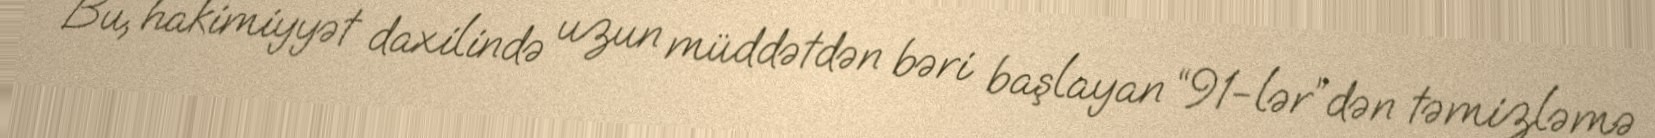
Bu, hakimiyyət daxilində uzun müddətdən bəri başlayan “91-lər”dən təmizləmə